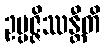
ဥပ္ပဇ္ဇိဿန္တီတိ